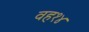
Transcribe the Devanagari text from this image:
वह१४